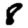
Digit: 8